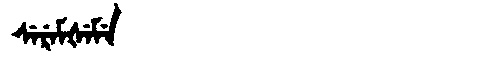
Manchu: ᠰᡝᡵᡝᠮᡧᡝᠮᡝ
Romanization: SEREMŠEME